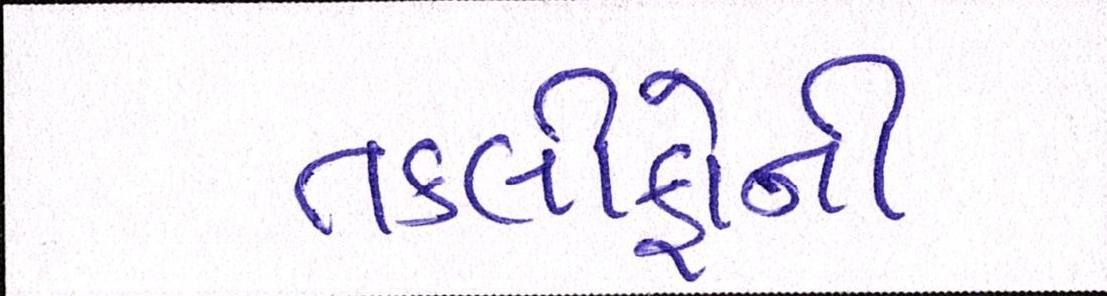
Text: તકલીફોની